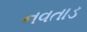
નવતાડ